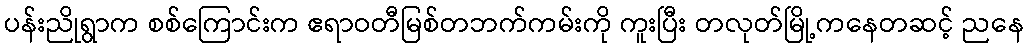
ပန်းညိုရွာက စစ်ကြောင်းက ဧရာဝတီမြစ်တဘက်ကမ်းကို ကူးပြီး တလုတ်မြို့ကနေတဆင့် ညနေ